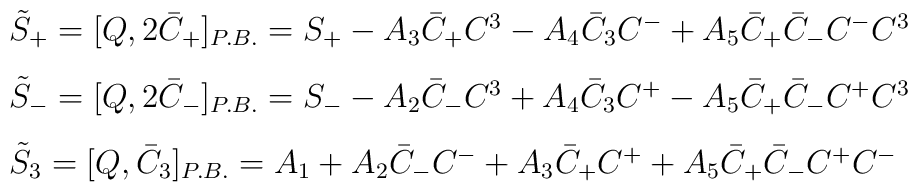
\begin{array}{l}\tilde{S}_+ =[Q, 2\bar{C}_+]_{P.B.}=S_+ - A_3 \bar{C}_+ C^3 - A_4 \bar{C}_3 C^- + A_5 \bar{C}_+ \bar{C}_- C^-C^3\\[3mm]\tilde{S}_- =[Q, 2\bar{C}_-]_{P.B.}=S_- - A_2 \bar{C}_- C^3 + A_4 \bar{C}_3 C^+ - A_5 \bar{C}_+ \bar{C}_- C^+C^3\\[3mm]\tilde{S}_3 =[Q, \bar{C}_3]_{P.B.}=A_1 + A_2 \bar{C}_- C^- + A_3 \bar{C}_+ C^+ + A_5 \bar{C}_+ \bar{C}_- C^+ C^-\end{array}